Indian journal of veterinary science and animal husbandry - Volume 6,
Year: 1936
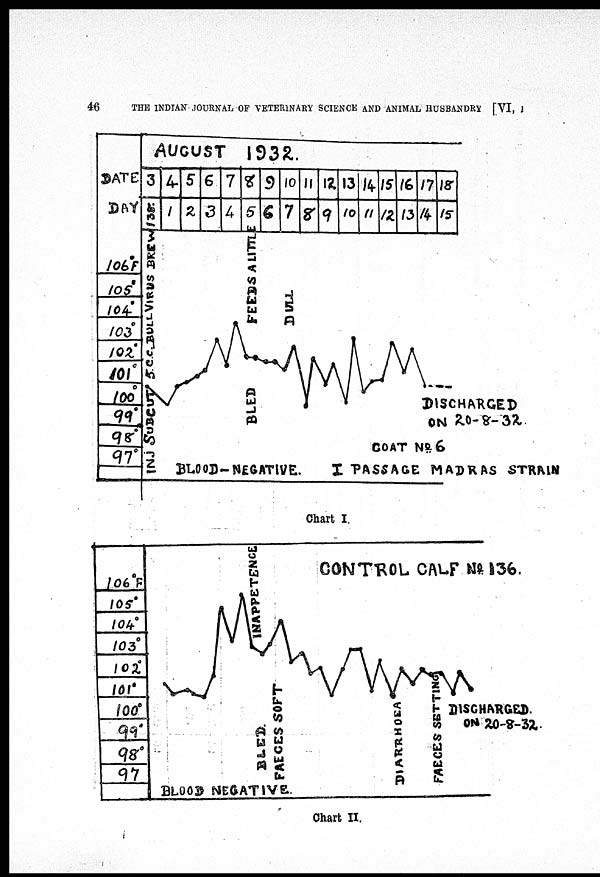
46
THE INDIAN JOURNAL OF VETERINARY SCIENCE AND ANIMAL HUSBANDRY [VI, I
Chart I.
Chart II.